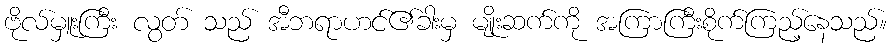
ဗိုလ်မှူးကြီး လွတ် သည် အီဘရာဟင်၏ခါးမှ မျိုးဆက်ကို အကြာကြီးစိုက်ကြည့်နေသည်။